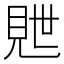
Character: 𬡽